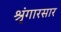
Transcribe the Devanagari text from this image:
श्रृंगारसार